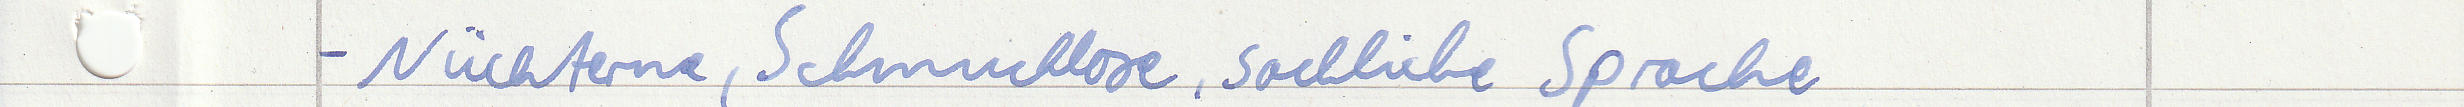
- Nüchterne, Schmucklose, sachliche Sprache